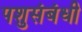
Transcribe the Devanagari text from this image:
पशुसंबंधी